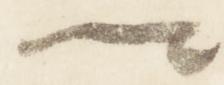
卿